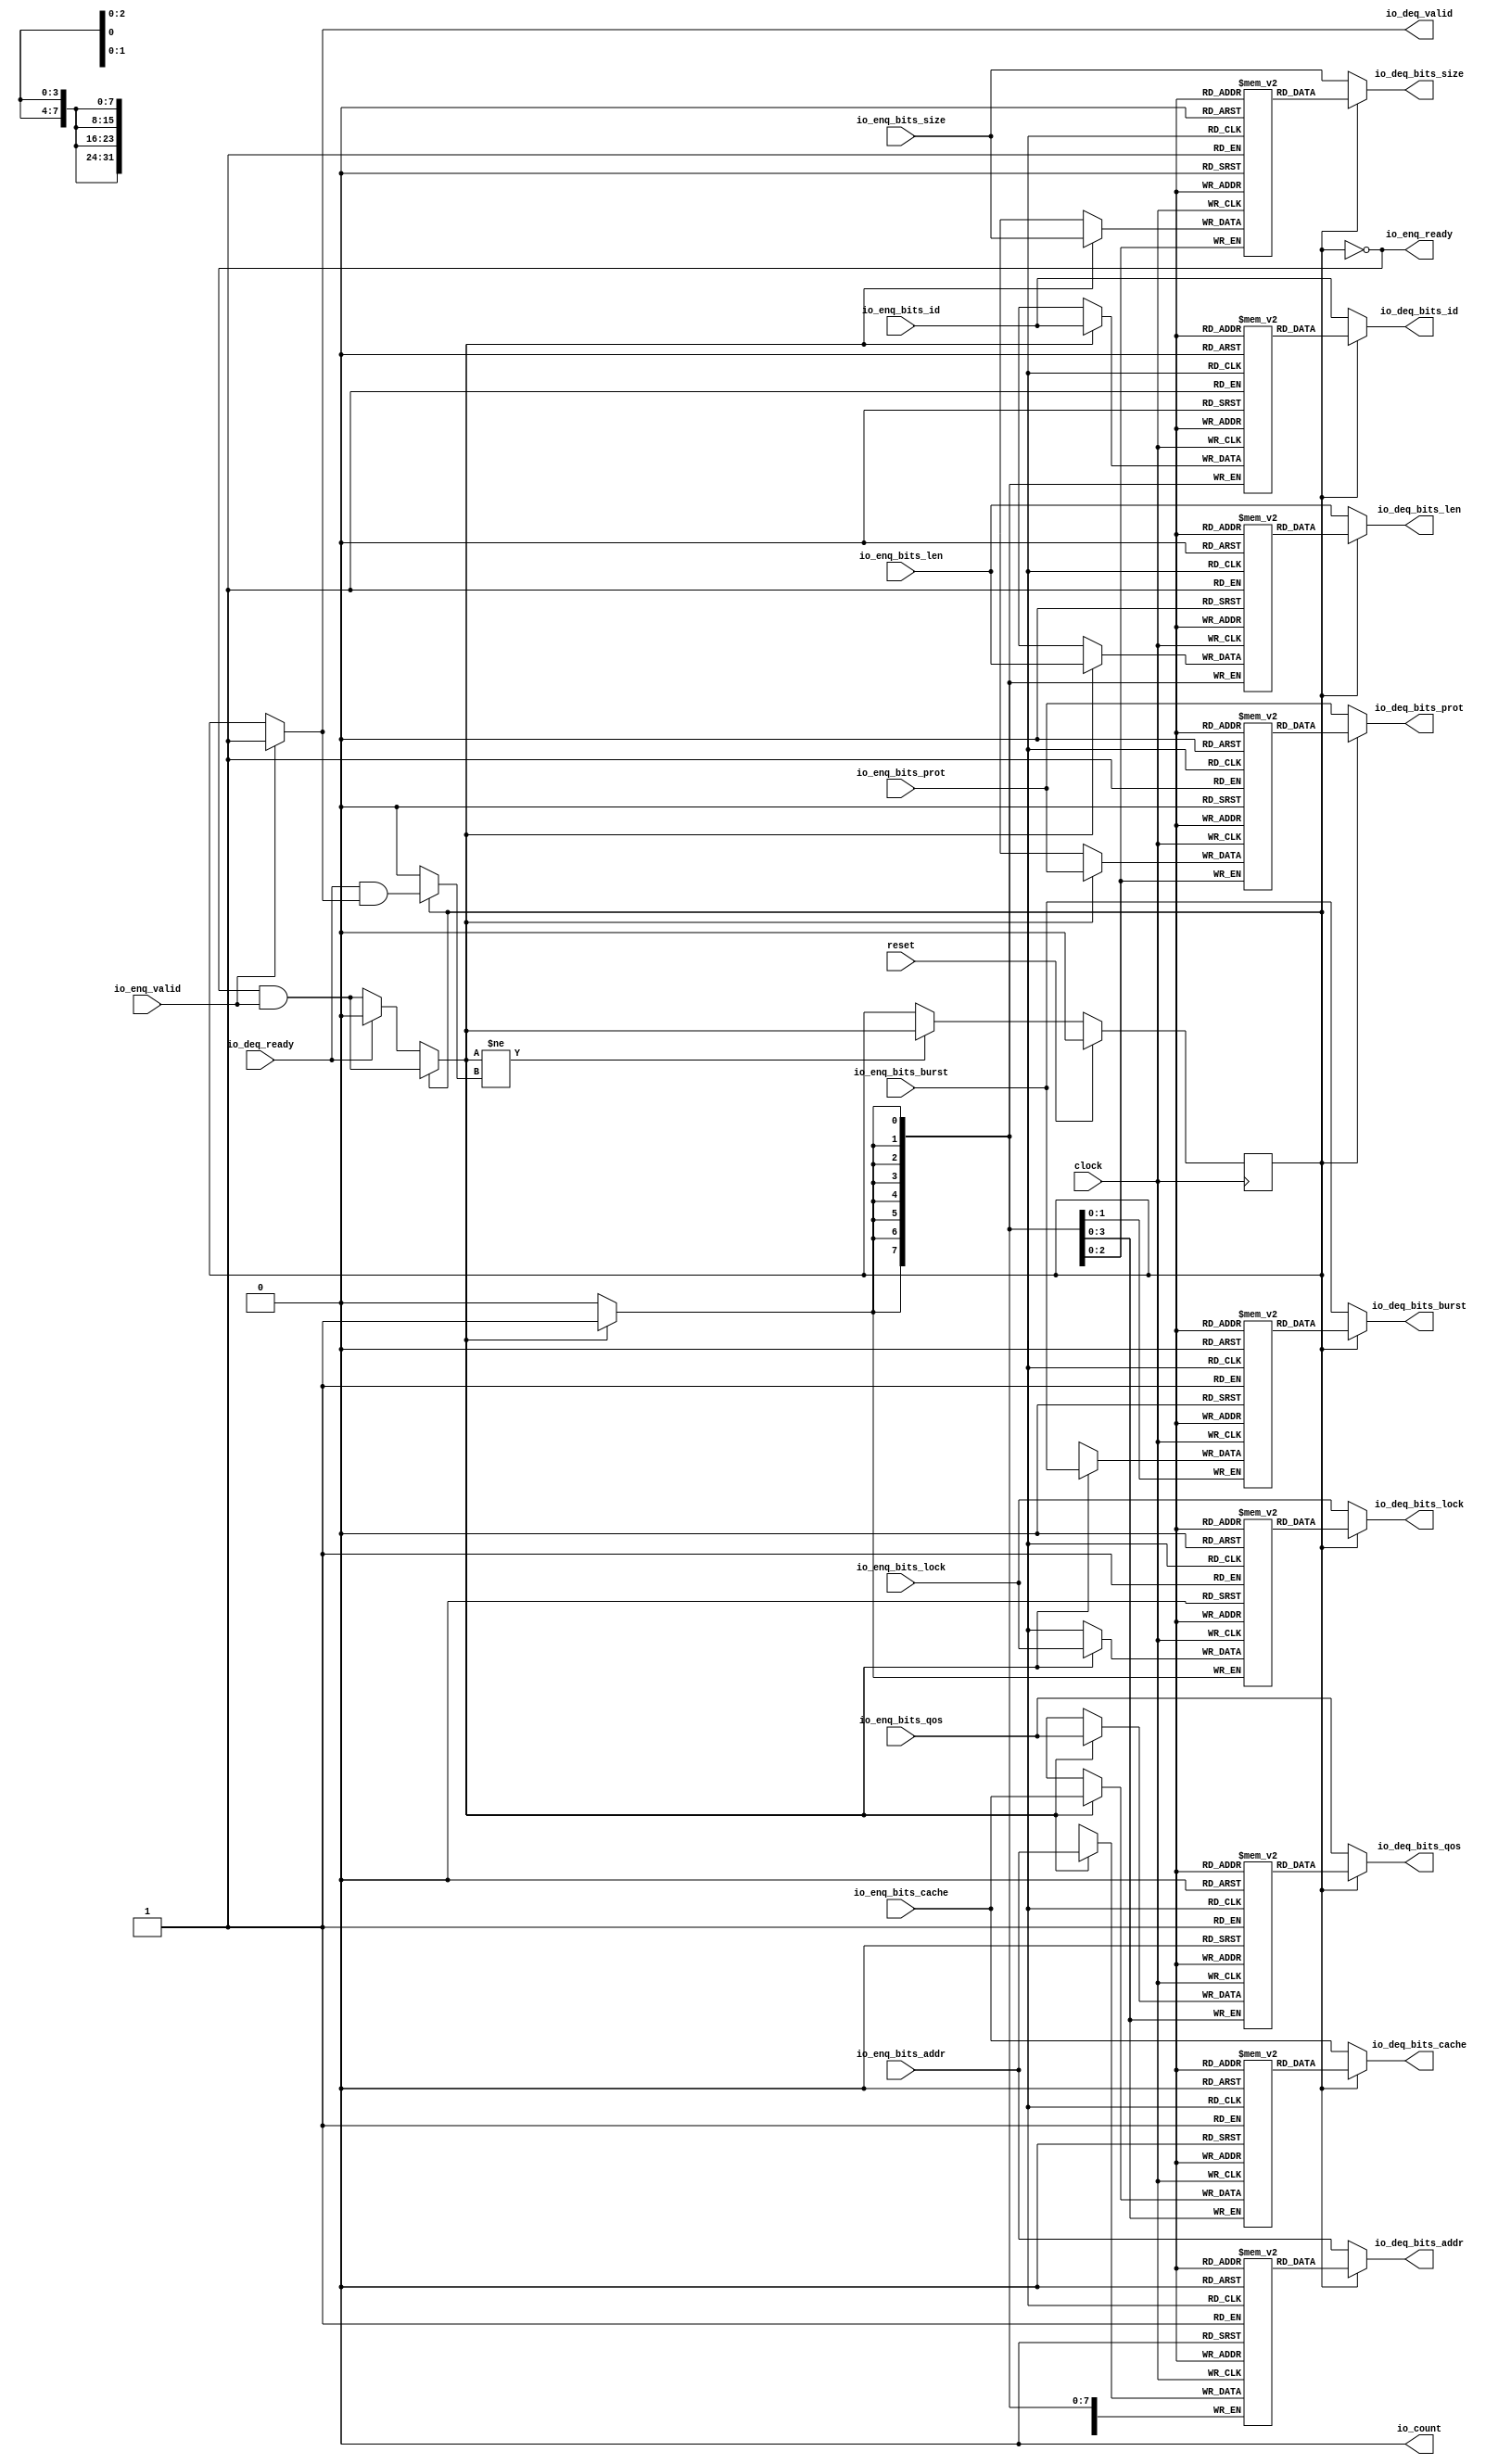
module Queue_20(
  input   clock,
  input   reset,
  output  io_enq_ready,
  input   io_enq_valid,
  input  [7:0] io_enq_bits_id,
  input  [31:0] io_enq_bits_addr,
  input  [7:0] io_enq_bits_len,
  input  [2:0] io_enq_bits_size,
  input  [1:0] io_enq_bits_burst,
  input   io_enq_bits_lock,
  input  [3:0] io_enq_bits_cache,
  input  [2:0] io_enq_bits_prot,
  input  [3:0] io_enq_bits_qos,
  input   io_deq_ready,
  output  io_deq_valid,
  output [7:0] io_deq_bits_id,
  output [31:0] io_deq_bits_addr,
  output [7:0] io_deq_bits_len,
  output [2:0] io_deq_bits_size,
  output [1:0] io_deq_bits_burst,
  output  io_deq_bits_lock,
  output [3:0] io_deq_bits_cache,
  output [2:0] io_deq_bits_prot,
  output [3:0] io_deq_bits_qos,
  output  io_count
);
  reg [7:0] ram_id [0:0];
  reg [31:0] _GEN_0;
  wire [7:0] ram_id__T_118_data;
  wire  ram_id__T_118_addr;
  wire [7:0] ram_id__T_100_data;
  wire  ram_id__T_100_addr;
  wire  ram_id__T_100_mask;
  wire  ram_id__T_100_en;
  reg [31:0] ram_addr [0:0];
  reg [31:0] _GEN_1;
  wire [31:0] ram_addr__T_118_data;
  wire  ram_addr__T_118_addr;
  wire [31:0] ram_addr__T_100_data;
  wire  ram_addr__T_100_addr;
  wire  ram_addr__T_100_mask;
  wire  ram_addr__T_100_en;
  reg [7:0] ram_len [0:0];
  reg [31:0] _GEN_2;
  wire [7:0] ram_len__T_118_data;
  wire  ram_len__T_118_addr;
  wire [7:0] ram_len__T_100_data;
  wire  ram_len__T_100_addr;
  wire  ram_len__T_100_mask;
  wire  ram_len__T_100_en;
  reg [2:0] ram_size [0:0];
  reg [31:0] _GEN_3;
  wire [2:0] ram_size__T_118_data;
  wire  ram_size__T_118_addr;
  wire [2:0] ram_size__T_100_data;
  wire  ram_size__T_100_addr;
  wire  ram_size__T_100_mask;
  wire  ram_size__T_100_en;
  reg [1:0] ram_burst [0:0];
  reg [31:0] _GEN_4;
  wire [1:0] ram_burst__T_118_data;
  wire  ram_burst__T_118_addr;
  wire [1:0] ram_burst__T_100_data;
  wire  ram_burst__T_100_addr;
  wire  ram_burst__T_100_mask;
  wire  ram_burst__T_100_en;
  reg  ram_lock [0:0];
  reg [31:0] _GEN_5;
  wire  ram_lock__T_118_data;
  wire  ram_lock__T_118_addr;
  wire  ram_lock__T_100_data;
  wire  ram_lock__T_100_addr;
  wire  ram_lock__T_100_mask;
  wire  ram_lock__T_100_en;
  reg [3:0] ram_cache [0:0];
  reg [31:0] _GEN_6;
  wire [3:0] ram_cache__T_118_data;
  wire  ram_cache__T_118_addr;
  wire [3:0] ram_cache__T_100_data;
  wire  ram_cache__T_100_addr;
  wire  ram_cache__T_100_mask;
  wire  ram_cache__T_100_en;
  reg [2:0] ram_prot [0:0];
  reg [31:0] _GEN_7;
  wire [2:0] ram_prot__T_118_data;
  wire  ram_prot__T_118_addr;
  wire [2:0] ram_prot__T_100_data;
  wire  ram_prot__T_100_addr;
  wire  ram_prot__T_100_mask;
  wire  ram_prot__T_100_en;
  reg [3:0] ram_qos [0:0];
  reg [31:0] _GEN_8;
  wire [3:0] ram_qos__T_118_data;
  wire  ram_qos__T_118_addr;
  wire [3:0] ram_qos__T_100_data;
  wire  ram_qos__T_100_addr;
  wire  ram_qos__T_100_mask;
  wire  ram_qos__T_100_en;
  reg  maybe_full;
  reg [31:0] _GEN_9;
  wire  _T_94;
  wire  _T_97;
  wire  do_enq;
  wire  _T_98;
  wire  do_deq;
  wire  _T_112;
  wire  _GEN_12;
  wire  _T_114;
  wire  _GEN_13;
  wire  _GEN_14;
  wire [7:0] _GEN_15;
  wire [31:0] _GEN_16;
  wire [7:0] _GEN_17;
  wire [2:0] _GEN_18;
  wire [1:0] _GEN_19;
  wire  _GEN_20;
  wire [3:0] _GEN_21;
  wire [2:0] _GEN_22;
  wire [3:0] _GEN_23;
  wire  _GEN_24;
  wire  _GEN_25;
  wire [1:0] _T_131;
  wire  _T_132;
  wire [1:0] _T_134;
  assign io_enq_ready = _T_94;
  assign io_deq_valid = _GEN_13;
  assign io_deq_bits_id = _GEN_15;
  assign io_deq_bits_addr = _GEN_16;
  assign io_deq_bits_len = _GEN_17;
  assign io_deq_bits_size = _GEN_18;
  assign io_deq_bits_burst = _GEN_19;
  assign io_deq_bits_lock = _GEN_20;
  assign io_deq_bits_cache = _GEN_21;
  assign io_deq_bits_prot = _GEN_22;
  assign io_deq_bits_qos = _GEN_23;
  assign io_count = _T_134[0];
  assign ram_id__T_118_addr = 1'h0;
  assign ram_id__T_118_data = ram_id[ram_id__T_118_addr];
  assign ram_id__T_100_data = io_enq_bits_id;
  assign ram_id__T_100_addr = 1'h0;
  assign ram_id__T_100_mask = do_enq;
  assign ram_id__T_100_en = do_enq;
  assign ram_addr__T_118_addr = 1'h0;
  assign ram_addr__T_118_data = ram_addr[ram_addr__T_118_addr];
  assign ram_addr__T_100_data = io_enq_bits_addr;
  assign ram_addr__T_100_addr = 1'h0;
  assign ram_addr__T_100_mask = do_enq;
  assign ram_addr__T_100_en = do_enq;
  assign ram_len__T_118_addr = 1'h0;
  assign ram_len__T_118_data = ram_len[ram_len__T_118_addr];
  assign ram_len__T_100_data = io_enq_bits_len;
  assign ram_len__T_100_addr = 1'h0;
  assign ram_len__T_100_mask = do_enq;
  assign ram_len__T_100_en = do_enq;
  assign ram_size__T_118_addr = 1'h0;
  assign ram_size__T_118_data = ram_size[ram_size__T_118_addr];
  assign ram_size__T_100_data = io_enq_bits_size;
  assign ram_size__T_100_addr = 1'h0;
  assign ram_size__T_100_mask = do_enq;
  assign ram_size__T_100_en = do_enq;
  assign ram_burst__T_118_addr = 1'h0;
  assign ram_burst__T_118_data = ram_burst[ram_burst__T_118_addr];
  assign ram_burst__T_100_data = io_enq_bits_burst;
  assign ram_burst__T_100_addr = 1'h0;
  assign ram_burst__T_100_mask = do_enq;
  assign ram_burst__T_100_en = do_enq;
  assign ram_lock__T_118_addr = 1'h0;
  assign ram_lock__T_118_data = ram_lock[ram_lock__T_118_addr];
  assign ram_lock__T_100_data = io_enq_bits_lock;
  assign ram_lock__T_100_addr = 1'h0;
  assign ram_lock__T_100_mask = do_enq;
  assign ram_lock__T_100_en = do_enq;
  assign ram_cache__T_118_addr = 1'h0;
  assign ram_cache__T_118_data = ram_cache[ram_cache__T_118_addr];
  assign ram_cache__T_100_data = io_enq_bits_cache;
  assign ram_cache__T_100_addr = 1'h0;
  assign ram_cache__T_100_mask = do_enq;
  assign ram_cache__T_100_en = do_enq;
  assign ram_prot__T_118_addr = 1'h0;
  assign ram_prot__T_118_data = ram_prot[ram_prot__T_118_addr];
  assign ram_prot__T_100_data = io_enq_bits_prot;
  assign ram_prot__T_100_addr = 1'h0;
  assign ram_prot__T_100_mask = do_enq;
  assign ram_prot__T_100_en = do_enq;
  assign ram_qos__T_118_addr = 1'h0;
  assign ram_qos__T_118_data = ram_qos[ram_qos__T_118_addr];
  assign ram_qos__T_100_data = io_enq_bits_qos;
  assign ram_qos__T_100_addr = 1'h0;
  assign ram_qos__T_100_mask = do_enq;
  assign ram_qos__T_100_en = do_enq;
  assign _T_94 = maybe_full == 1'h0;
  assign _T_97 = io_enq_ready & io_enq_valid;
  assign do_enq = _GEN_25;
  assign _T_98 = io_deq_ready & io_deq_valid;
  assign do_deq = _GEN_24;
  assign _T_112 = do_enq != do_deq;
  assign _GEN_12 = _T_112 ? do_enq : maybe_full;
  assign _T_114 = _T_94 == 1'h0;
  assign _GEN_13 = io_enq_valid ? 1'h1 : _T_114;
  assign _GEN_14 = io_deq_ready ? 1'h0 : _T_97;
  assign _GEN_15 = _T_94 ? io_enq_bits_id : ram_id__T_118_data;
  assign _GEN_16 = _T_94 ? io_enq_bits_addr : ram_addr__T_118_data;
  assign _GEN_17 = _T_94 ? io_enq_bits_len : ram_len__T_118_data;
  assign _GEN_18 = _T_94 ? io_enq_bits_size : ram_size__T_118_data;
  assign _GEN_19 = _T_94 ? io_enq_bits_burst : ram_burst__T_118_data;
  assign _GEN_20 = _T_94 ? io_enq_bits_lock : ram_lock__T_118_data;
  assign _GEN_21 = _T_94 ? io_enq_bits_cache : ram_cache__T_118_data;
  assign _GEN_22 = _T_94 ? io_enq_bits_prot : ram_prot__T_118_data;
  assign _GEN_23 = _T_94 ? io_enq_bits_qos : ram_qos__T_118_data;
  assign _GEN_24 = _T_94 ? 1'h0 : _T_98;
  assign _GEN_25 = _T_94 ? _GEN_14 : _T_97;
  assign _T_131 = 1'h0 - 1'h0;
  assign _T_132 = _T_131[0:0];
  assign _T_134 = {maybe_full,_T_132};
`ifdef RANDOMIZE
  integer initvar;
  initial begin
    `ifndef verilator
      #0.002 begin end
    `endif
  _GEN_0 = {1{$random}};
  `ifdef RANDOMIZE_MEM_INIT
  for (initvar = 0; initvar < 1; initvar = initvar+1)
    ram_id[initvar] = _GEN_0[7:0];
  `endif
  _GEN_1 = {1{$random}};
  `ifdef RANDOMIZE_MEM_INIT
  for (initvar = 0; initvar < 1; initvar = initvar+1)
    ram_addr[initvar] = _GEN_1[31:0];
  `endif
  _GEN_2 = {1{$random}};
  `ifdef RANDOMIZE_MEM_INIT
  for (initvar = 0; initvar < 1; initvar = initvar+1)
    ram_len[initvar] = _GEN_2[7:0];
  `endif
  _GEN_3 = {1{$random}};
  `ifdef RANDOMIZE_MEM_INIT
  for (initvar = 0; initvar < 1; initvar = initvar+1)
    ram_size[initvar] = _GEN_3[2:0];
  `endif
  _GEN_4 = {1{$random}};
  `ifdef RANDOMIZE_MEM_INIT
  for (initvar = 0; initvar < 1; initvar = initvar+1)
    ram_burst[initvar] = _GEN_4[1:0];
  `endif
  _GEN_5 = {1{$random}};
  `ifdef RANDOMIZE_MEM_INIT
  for (initvar = 0; initvar < 1; initvar = initvar+1)
    ram_lock[initvar] = _GEN_5[0:0];
  `endif
  _GEN_6 = {1{$random}};
  `ifdef RANDOMIZE_MEM_INIT
  for (initvar = 0; initvar < 1; initvar = initvar+1)
    ram_cache[initvar] = _GEN_6[3:0];
  `endif
  _GEN_7 = {1{$random}};
  `ifdef RANDOMIZE_MEM_INIT
  for (initvar = 0; initvar < 1; initvar = initvar+1)
    ram_prot[initvar] = _GEN_7[2:0];
  `endif
  _GEN_8 = {1{$random}};
  `ifdef RANDOMIZE_MEM_INIT
  for (initvar = 0; initvar < 1; initvar = initvar+1)
    ram_qos[initvar] = _GEN_8[3:0];
  `endif
  `ifdef RANDOMIZE_REG_INIT
  _GEN_9 = {1{$random}};
  maybe_full = _GEN_9[0:0];
  `endif
  end
`endif
  always @(posedge clock) begin
    if(ram_id__T_100_en & ram_id__T_100_mask) begin
      ram_id[ram_id__T_100_addr] <= ram_id__T_100_data;
    end
    if(ram_addr__T_100_en & ram_addr__T_100_mask) begin
      ram_addr[ram_addr__T_100_addr] <= ram_addr__T_100_data;
    end
    if(ram_len__T_100_en & ram_len__T_100_mask) begin
      ram_len[ram_len__T_100_addr] <= ram_len__T_100_data;
    end
    if(ram_size__T_100_en & ram_size__T_100_mask) begin
      ram_size[ram_size__T_100_addr] <= ram_size__T_100_data;
    end
    if(ram_burst__T_100_en & ram_burst__T_100_mask) begin
      ram_burst[ram_burst__T_100_addr] <= ram_burst__T_100_data;
    end
    if(ram_lock__T_100_en & ram_lock__T_100_mask) begin
      ram_lock[ram_lock__T_100_addr] <= ram_lock__T_100_data;
    end
    if(ram_cache__T_100_en & ram_cache__T_100_mask) begin
      ram_cache[ram_cache__T_100_addr] <= ram_cache__T_100_data;
    end
    if(ram_prot__T_100_en & ram_prot__T_100_mask) begin
      ram_prot[ram_prot__T_100_addr] <= ram_prot__T_100_data;
    end
    if(ram_qos__T_100_en & ram_qos__T_100_mask) begin
      ram_qos[ram_qos__T_100_addr] <= ram_qos__T_100_data;
    end
    if (reset) begin
      maybe_full <= 1'h0;
    end else begin
      if (_T_112) begin
        maybe_full <= do_enq;
      end
    end
  end
endmodule